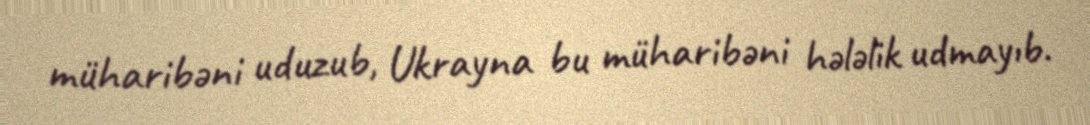
müharibəni uduzub, Ukrayna bu müharibəni hələlik udmayıb.